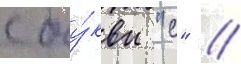
с бу́квы "с" //